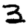
Digit: 3